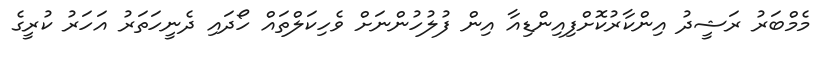
މެމްބަރު ރަޝީދު އިންކާރުކޮށްފިއިންޑިއާ އިން ފުލުހުންނަށް ވެހިކަލްތައް ހޯދައި ދެނީހަތަރު އަހަރު ކުރީގެ